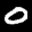
Label: 0